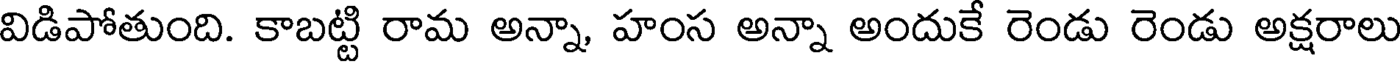
విడిపోతుంది. కాబట్టి రామ అన్నా, హంస అన్నా అందుకే రెండు రెండు అక్షరాలు